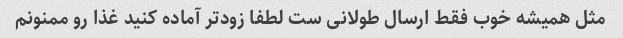
مثل همیشه خوب فقط ارسال طولانی ست لطفا زود‌تر آماده کنید غذا رو ممنونم